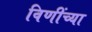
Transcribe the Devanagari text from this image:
विणींच्या